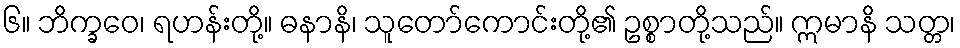
၆။ ဘိက္ခဝေ၊ ရဟန်းတို့။ ဓနာနိ၊ သူတော်ကောင်းတို့၏ ဥစ္စာတို့သည်။ ဣမာနိ သတ္တ၊